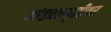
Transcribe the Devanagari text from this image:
भांडवलवृद्धीवर